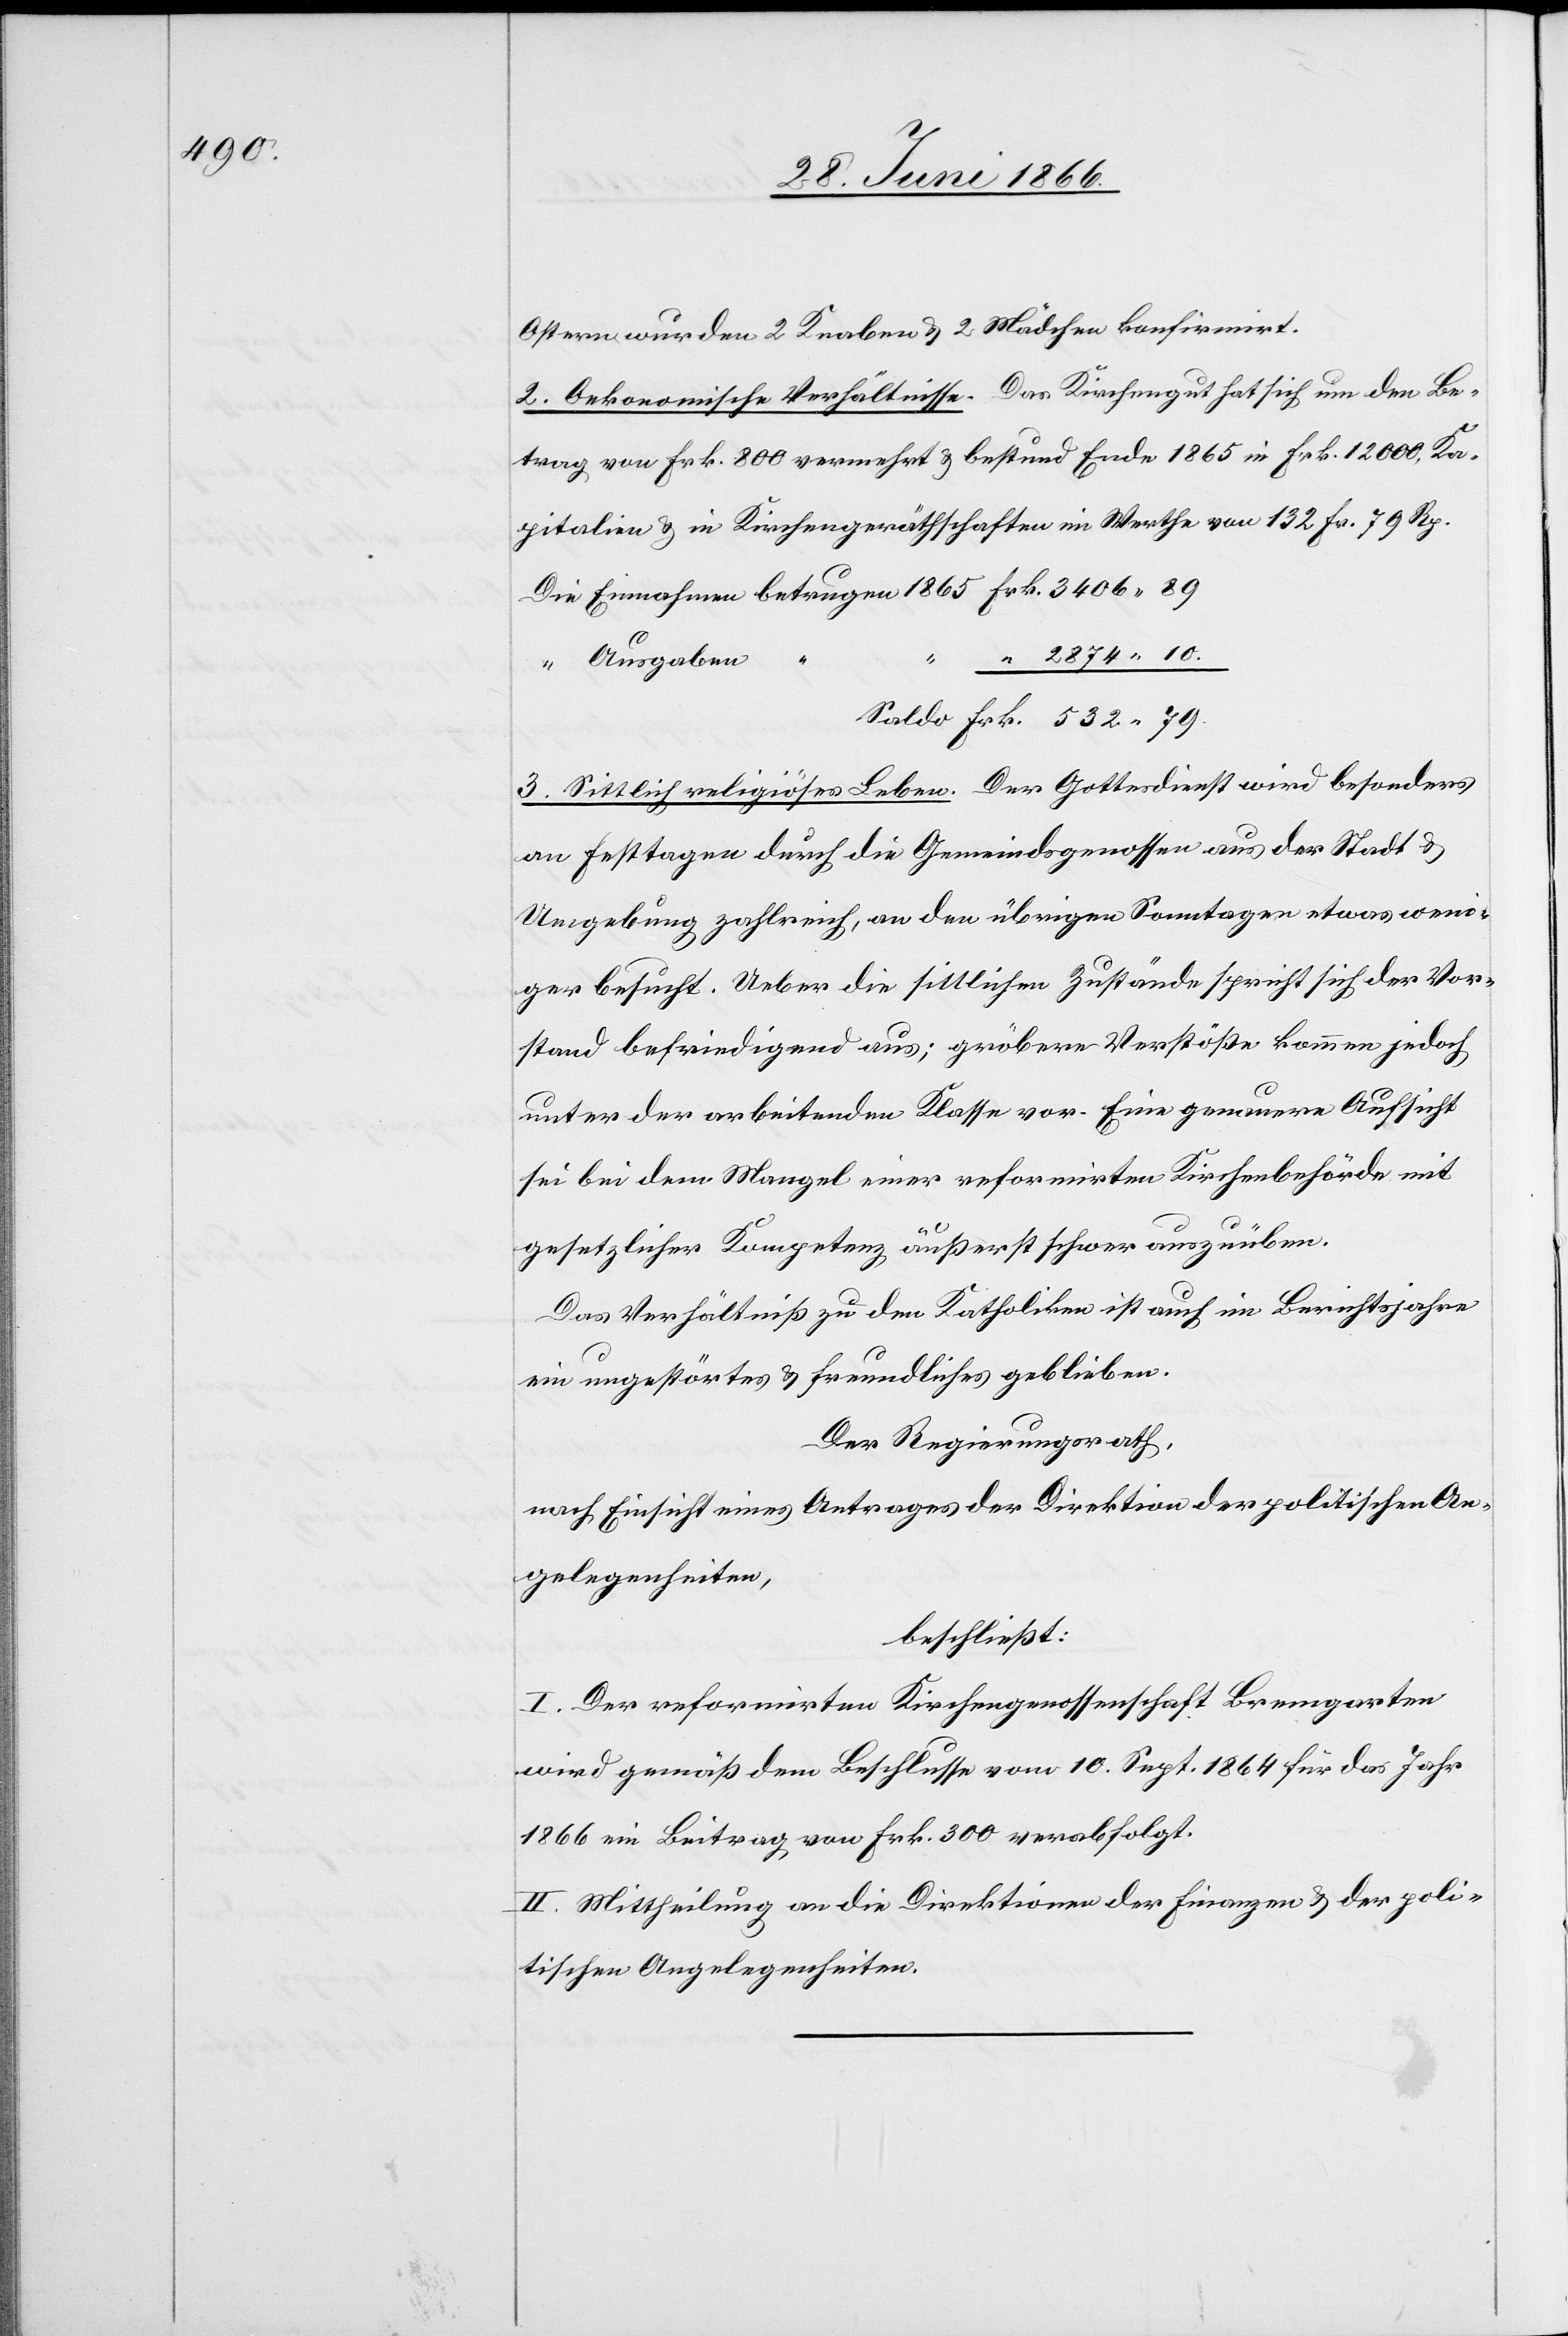
Ostern wurden 2 Knaben u. 2 Mädchen konfirmirt.
2. Oekonomische Verhältnisse. Das Kirchgengut hat sich um den Be¬
trag von Frk. 800 vermehrt u. besteht Ende 1865 in Frk. 12 000, Ka¬
pitalien u. in Kirchengerätschaften im Werthe von 132 Fr. 79 Rp.
Ausgaben
3. Sittlich religiöses Leben. Der Gottesdienst wird besonders
an Festtagen durch die Gemeindsgenossen aus der Stadt u.
Umgebung zahlreich, an den übrigen Sonntagen etwas weni¬
ger besucht. Ueber die sittlichen Zustände spricht sich der Vor¬
stand befriedigend aus; gröbere Verstöße kommen jedoch
unter der arbeitenden Klasse vor. Eine genauere Aufsicht
sei bei dem Mangel einer reformirten Kirchenbehörde mit
gesetzlicher Kompetenz äußerst schwer auszuüben.
Das Verhältniß zu den Katholiken ist auch im Berichtsjahr
ein ungestörtes u. freundliches geblieben.
Der Regierungsrath,
nach Einsicht eines Antrages der Direktion der politischen An¬
gelegenheiten,
beschließt:
I. Der reformirten Kirchengenossenschaft Bremgarten
wird gemäß dem Beschlusse vom 10. Sept. 1864 für das Jahr
1866 ein Beitrag von Frk. 300 verabfolgt.
II. Mittheilung an die Direktionen der Finanzen u. der poli¬
tischen Angelegenheiten.